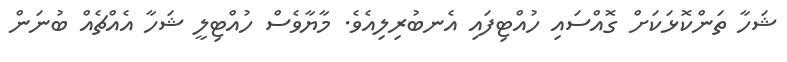
ޝަހާ ތަންކޮޅަކަށް ގޮއްސައި ހުއްޓިފައި އެނބުރިލިއެވެ. މާޔާވެސް ހުއްޓިލީ ޝަހާ އެއްޗެއް ބުނަން